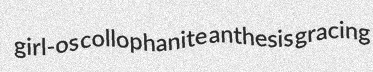
girl-os collophanite anthesis gracing